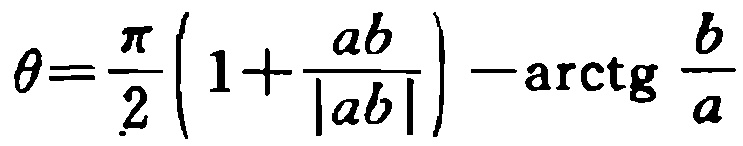
\(\theta=\frac{\pi}{2}\left(1+\frac{ab}{|ab|}\right)-\mathrm{arctg}\frac{b}{a}\)